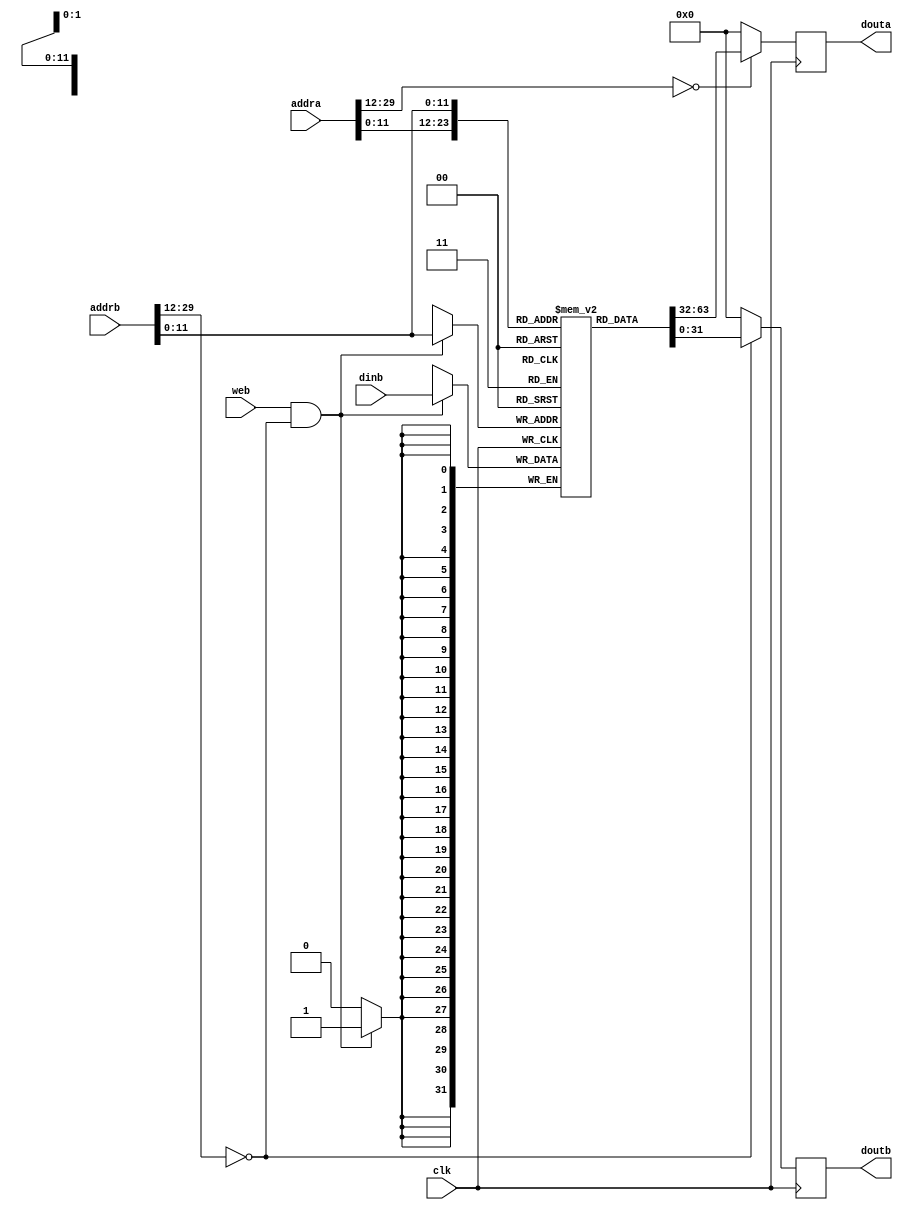
`timescale 1ns / 1ps
//////////////////////////////////////////////////////////////////////////////////
// Company: USTC ESLAB
// 
// Design Name: RISCV-Pipline CPU
// Module Name: InstructionRamWrapper
// Target Devices: Nexys4
// Tool Versions: Vivado 2017.4.1
// Description: a Verilog-based ram which can be systhesis as BRAM
// 
//////////////////////////////////////////////////////////////////////////////////


module InstructionRam(
    input  clk,
    input  web,
    input  [31:2] addra, addrb,
    input  [31:0] dinb,
    output reg [31:0] douta, doutb
);
initial begin douta=0; doutb=0; end

wire addra_valid = ( addra[31:14]==18'h0 );
wire addrb_valid = ( addrb[31:14]==18'h0 );
wire [11:0] addral = addra[13:2];
wire [11:0] addrbl = addrb[13:2];

reg [31:0] ram_cell [0:4095];

initial begin
    ram_cell[       0] = 32'h00000293;
    ram_cell[       1] = 32'h00000313;
    ram_cell[       2] = 32'h00000393;
    ram_cell[       3] = 32'h00200e13;
    ram_cell[       4] = 32'h3e800e93;
    ram_cell[       5] = 32'h00138393;
    ram_cell[       6] = 32'h00530333;
    ram_cell[       7] = 32'h00128293;
    ram_cell[       8] = 32'hffc29ce3;
    ram_cell[       9] = 32'h00000293;
    ram_cell[      10] = 32'hffd396e3;
    ram_cell[      11] = 32'h00130313;

end

always @ (posedge clk)
    douta <= addra_valid ? ram_cell[addral] : 0;
    
always @ (posedge clk)
    doutb <= addrb_valid ? ram_cell[addrbl] : 0;

always @ (posedge clk)
    if(web & addrb_valid) 
        ram_cell[addrbl] <= dinb;

endmodule